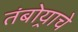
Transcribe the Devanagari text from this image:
तंबोर्‍याचे